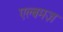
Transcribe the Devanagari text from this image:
एल्बमज़